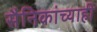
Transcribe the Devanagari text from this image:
सैनिकांच्याही